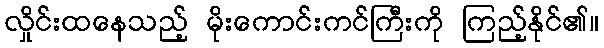
လှိုင်းထနေသည့် မိုးကောင်းကင်ကြီးကို ကြည့်နိုင်၏။